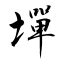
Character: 墠